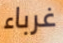
غرباء